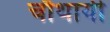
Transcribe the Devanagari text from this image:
चौथायी